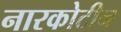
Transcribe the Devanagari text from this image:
नारकोटीन